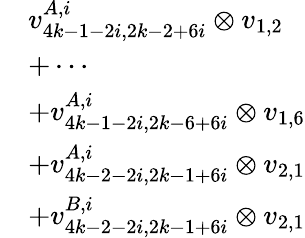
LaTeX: \begin{array}{rl}&{v_{4k-1-2i,2k-2+6i}^{A,i}\otimes v_{1,2}}\\ &{+\cdots}\\ &{+v_{4k-1-2i,2k-6+6i}^{A,i}\otimes v_{1,6}}\\ &{+v_{4k-2-2i,2k-1+6i}^{A,i}\otimes v_{2,1}}\\ &{+v_{4k-2-2i,2k-1+6i}^{B,i}\otimes v_{2,1}}\end{array}